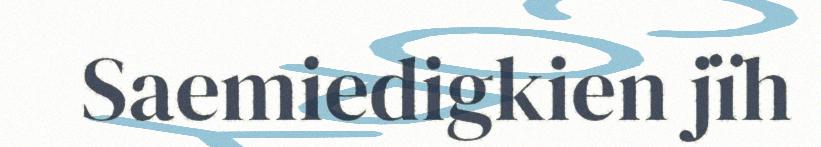
Saemiedigkien jïh